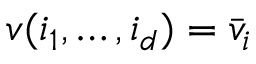
v ( i _ { 1 } , \ldots , i _ { d } ) = \bar { v } _ { i }